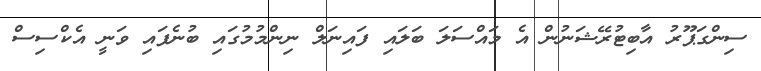
ސިންގަޕޫރު އާބިޓުރޭޝަނުން އެ މައްސަލަ ބަލައި ފައިނަލް ނިންމުމުގައި ބުނެފައި ވަނީ އެކްސިސް